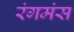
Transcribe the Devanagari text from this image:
रंगमंस